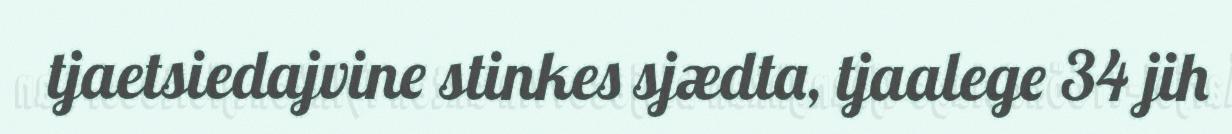
tjaetsiedajvine stinkes sjædta, tjaalege 34 jih